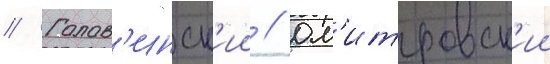
// Голов'инск'ии // Дм'итровск'ии